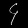
Digit: ၄